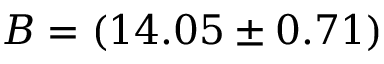
B = ( 1 4 . 0 5 \pm 0 . 7 1 )